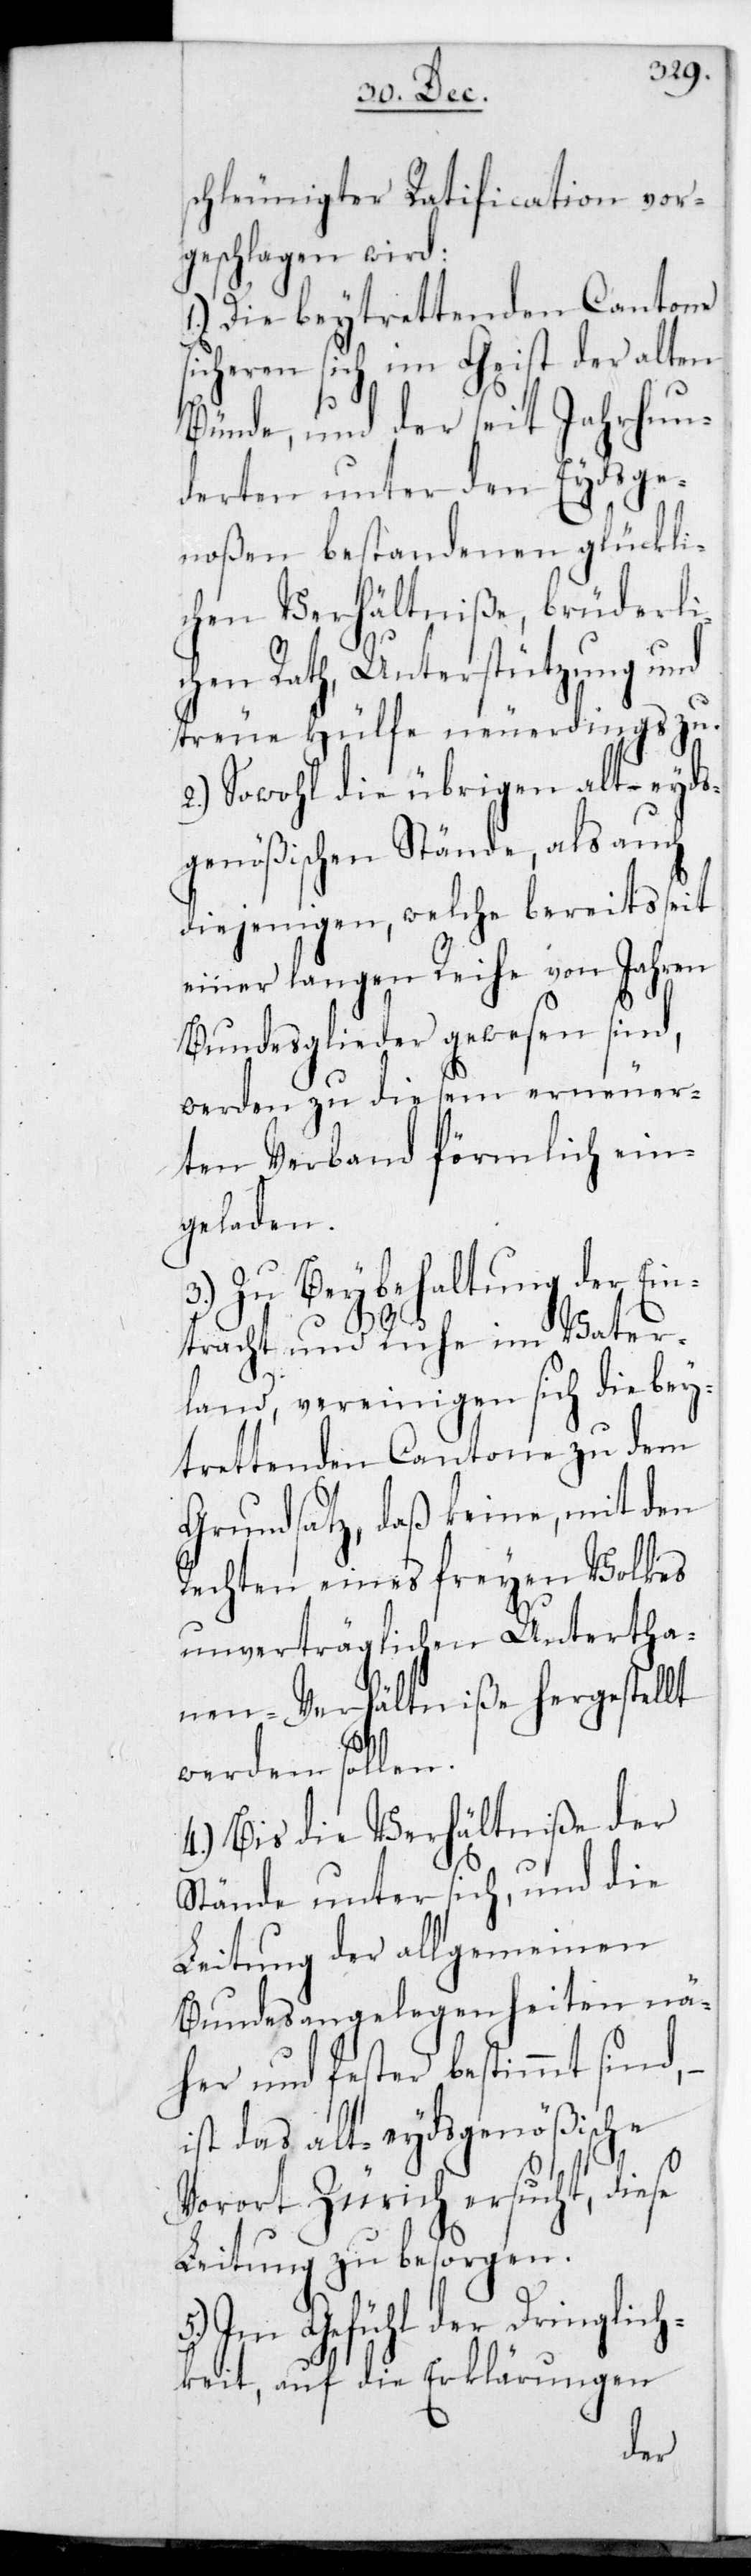
schleunigter Ratification vor¬
geschlagen wird:
die beytrettenden Cantone
sicheren sich im Geist der alten
Bünde und der seit Jahrhun¬
derten unter den Eydsge¬
noßen bestandenen glückli¬
chen Verhältniße, brüderli¬
chen Rath, Unterstützung und
treue Hülfe neuerdings zu.
2.) Sowohl die übrigen alt-Eyds¬
genößischen Stände, als auch
diejenigen, welche bereits seit
einer langen Reihe von Jahren
Bundesglieder gewesen sind,
werden zu diesem erneuer¬
eten Verband förmlich ein¬
geladen.
Zu Beybehaltung der Ei¬
ntracht und Ruhe im Vater¬
land, vereinigen sich
ße
der
Grundsatz, daß keine mit
Rechten eines frey¬
unverträglichen Unterth¬
anen-Verhältniße
werden sollen.
4.) Bis die Verhältni¬
Stände unter sich, und die
Leitung der allgem¬
Bundesangelegenheiten nä¬
her und fester bestimmt sind,
ist das alt-Eydsgenößische
Vorort Zürich ersucht, diese
Leitung zu besorgen.
5.) Im Gefühl der Dringlich¬
keit, auf die Erklärungen

einen